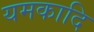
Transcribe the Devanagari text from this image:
यमकादि